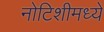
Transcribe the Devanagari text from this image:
नोटिशीमध्ये